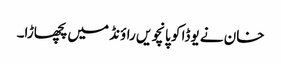
خان نے یوڈا کو پانچویں راؤنڈ میں پچھاڑا۔